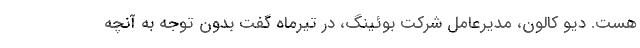
هست. دیو کالون، مدیرعامل شرکت بوئینگ، در تیرماه گفت بدون توجه به آنچه